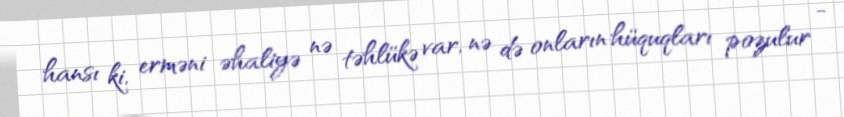
hansı ki, erməni əhaliyə nə təhlükə var, nə də onların hüquqları pozulur -